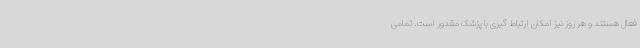
فعال هستند و هر روز نیز امکان ارتباط گیری با پزشک مقدور است. تمامی